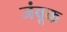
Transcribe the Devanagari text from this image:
जंबूक